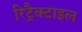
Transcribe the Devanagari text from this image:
रिट्रैक्टाइल